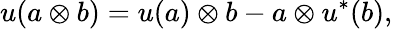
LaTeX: u(a\otimes b)=u(a)\otimes b-a\otimes u^{*}(b),